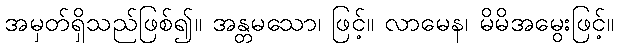
အမှတ်ရှိသည်ဖြစ်၍။ အန္တမသော၊ ဖြင့်။ လာမေန၊ မိမိအမွေးဖြင့်။